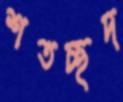
শতচ্ছদ